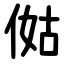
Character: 㑬